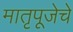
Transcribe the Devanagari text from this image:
मातृपूजेचे